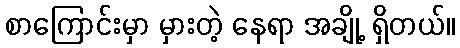
စာကြောင်းမှာ မှားတဲ့ နေရာ အချို့ ရှိတယ်။